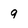
Character: 9